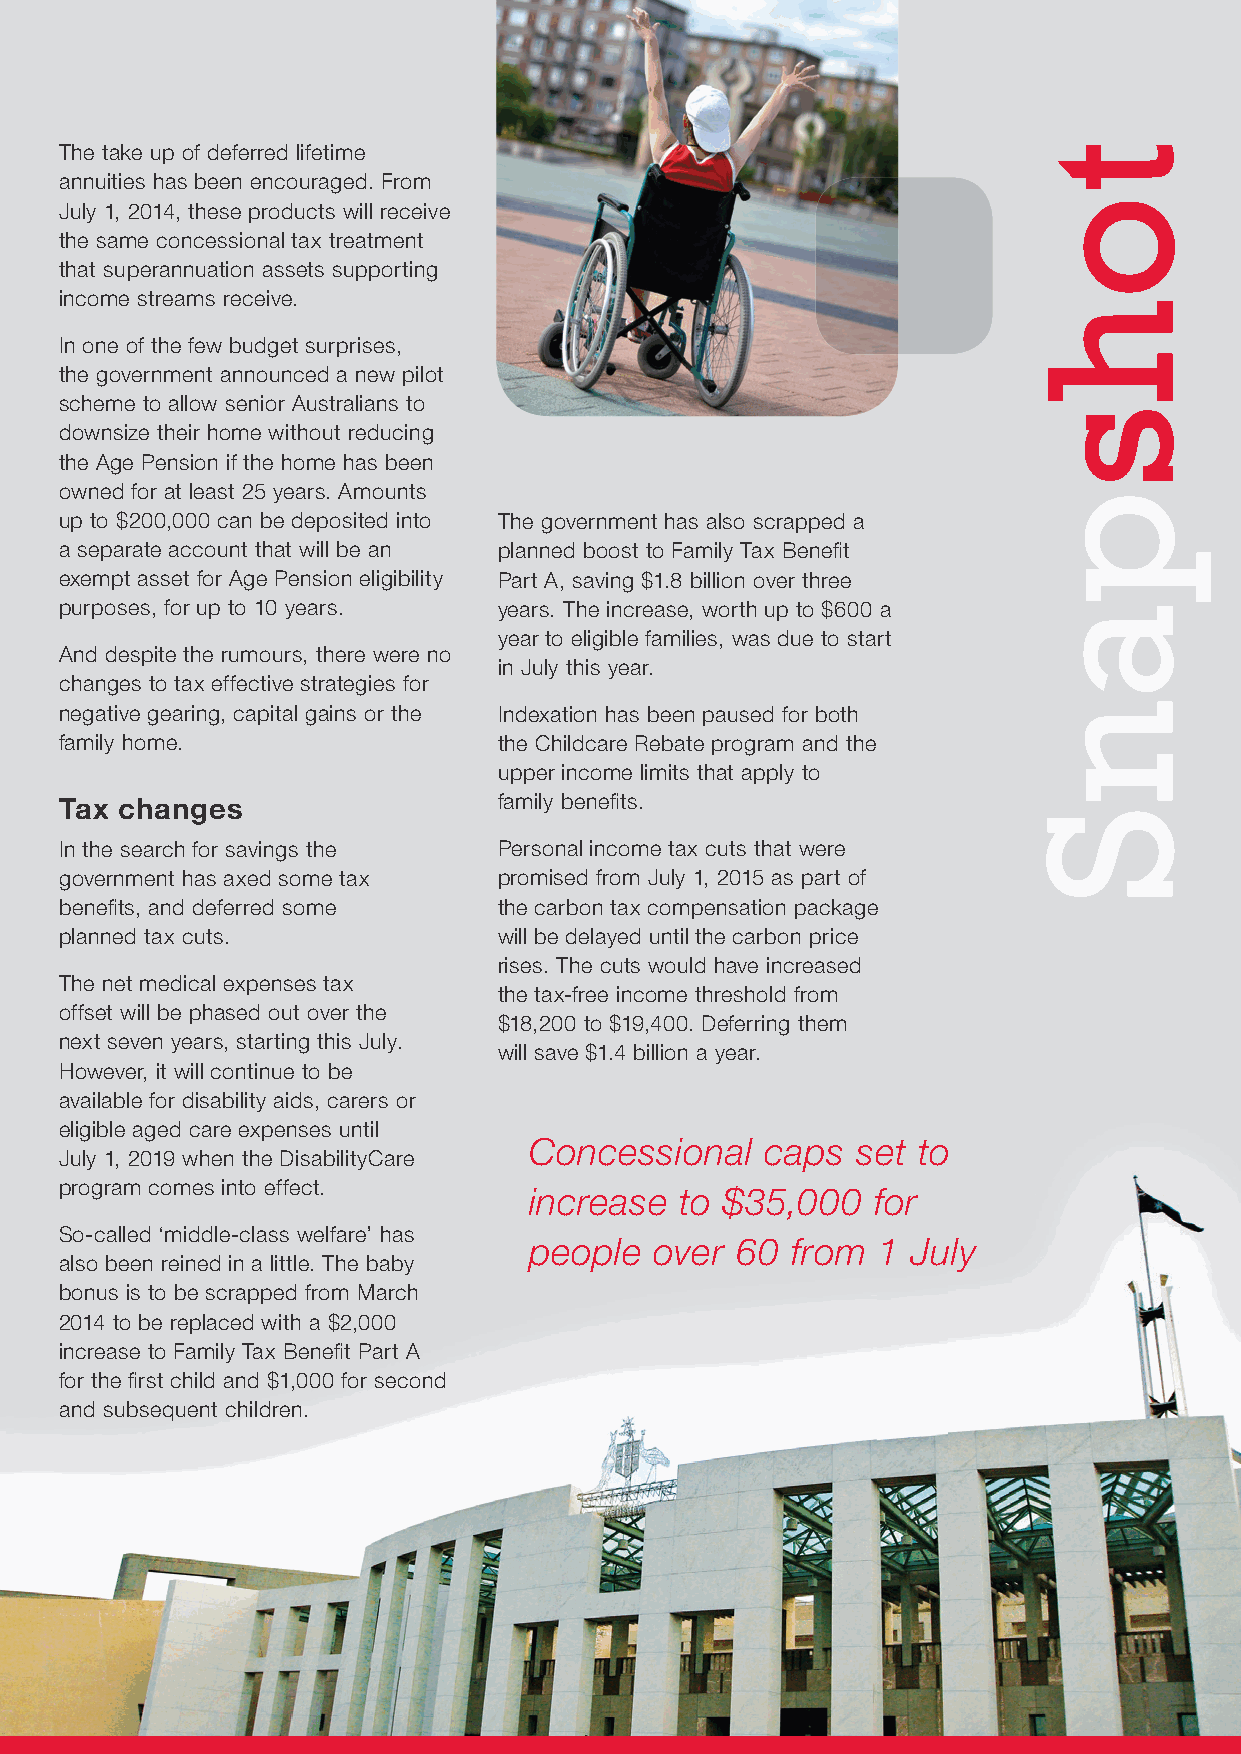
The take up of deferred lifetime
 annuities has been encouraged. From
 July 1, 2014, these products will receive
 the same concessional tax treatment
 that superannuation assets supporting
 income streams receive.
 In one of the few budget surprises,
 the government announced a new pilot
 scheme to allow senior Australians to
 downsize their home without reducing
 the Age Pension if the home has been
 owned for at least 25 years. Amounts
 up to $200,000 can be deposited into The government has also scrapped a
 a separate account that will be an planned boost to Family Tax Benefi t
 exempt asset for Age Pension eligibility Part A, saving $1.8 billion over three
 purposes, for up to 10 years. years. The increase, worth up to $600 a
 year to eligible families, was due to start
 And despite the rumours, there were no
 in July this year.
 changes to tax effective strategies for
 negative gearing, capital gains or the Indexation has been paused for both
 family home.                 the Childcare Rebate program and the
 upper income limits that apply to
 Tax changes                  family benefi ts.
 In the search for savings the Personal income tax cuts that were
 government has axed some tax promised from July 1, 2015 as part of
 benefi ts, and deferred some the carbon tax compensation package
 planned tax cuts.            will be delayed until the carbon price
 rises. The cuts would have increased
 The net medical expenses tax
 the tax-free income threshold from
 offset will be phased out over the
 $18,200 to $19,400. Deferring them
 next seven years, starting this July.
 will save $1.4 billion a year.
 However, it will continue to be
 available for disability aids, carers or
 eligible aged care expenses until
 Concessional    caps  set to
 July 1, 2019 when the DisabilityCare
 program comes into effect.
 increase  to $35,000   for
 So-called ‘middle-class welfare’ has
 people  over  60 from  1 July
 also been reined in a little. The baby
 bonus is to be scrapped from March
 2014 to be replaced with a $2,000
 increase to Family Tax Benefi t Part A
 for the fi rst child and $1,000 for second
 and subsequent children.